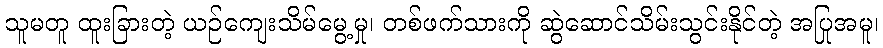
သူမတူ ထူးခြားတဲ့ ယဉ်ကျေးသိမ်မွေ့မှု၊ တစ်ဖက်သားကို ဆွဲဆောင်သိမ်းသွင်းနိုင်တဲ့ အပြုအမူ၊